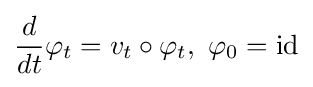
{\frac {d}{dt}}\varphi _{t}=v_{t}\circ \varphi _{t},\ \varphi _{0}={\rm {id}}